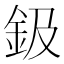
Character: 鈒